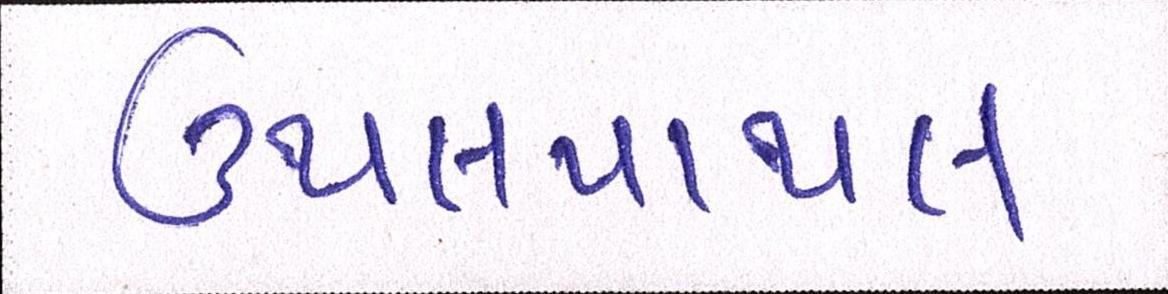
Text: ઉથલપાથલ